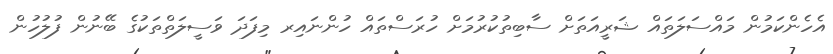
އެހެންކަމުން މައްސަލަތައް ޝަރީއަތަށް ސާބިތުކުރުމަށް ހުރަސްތައް ހުންނައިރ މިފަދަ ވަސީލަތްތަކުގެ ބޭނުން ފުލުހުން